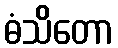
ဓံသိတော